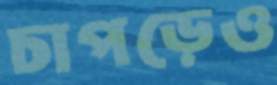
চাপড়েও